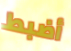
أضبط